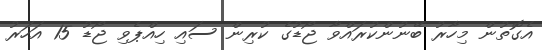
އެގޮތުން މިހާރު ބޭނުންކުރައްވާ ޖޯޑުގެ ކުރިން ސައި ހިއްޕެވި ޖޯޑު 15 އަހަރު